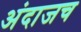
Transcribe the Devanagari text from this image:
अंदाजच